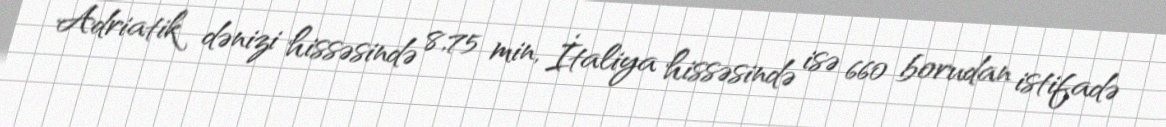
Adriatik dənizi hissəsində 8,75 min, İtaliya hissəsində isə 660 borudan istifadə